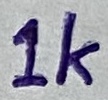
Text: 1k